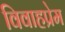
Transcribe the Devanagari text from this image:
विवाहप्रेम